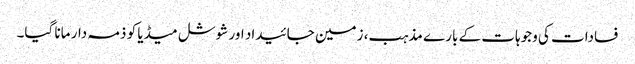
فسادات کی وجوہات کے بارے مذہب، زمین جائیداد اور شوشل میڈیا کو ذمہ دار مانا گیا۔